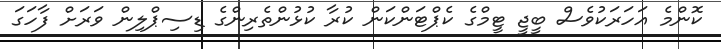
ކޮންމެ އަހަރަކުވެސް ބީޖީ ޓީމްގެ ކެޕްޓަންކަން ކުރާ ކުޅުންތެރިންގެ ޑިސިޕްލިން ވަރަށް ފާހަގަ